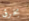
بخرق